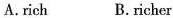
A.rich B.richer